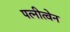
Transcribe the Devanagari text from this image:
पत्नीत्वेन